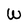
Character: W